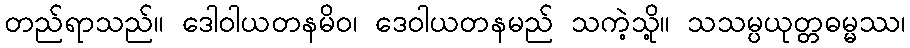
တည်ရာသည်။ ဒေါဝါယတနမိဝ၊ ဒေဝါယတနမည် သကဲ့သို့။ သသမ္ပယုတ္တဓမ္မဿ၊